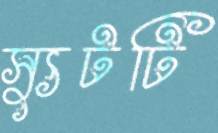
স্যুটটি